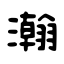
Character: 瀚